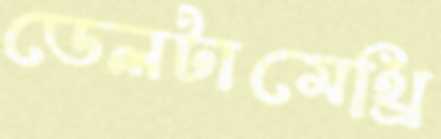
ডেলটামেথ্রি